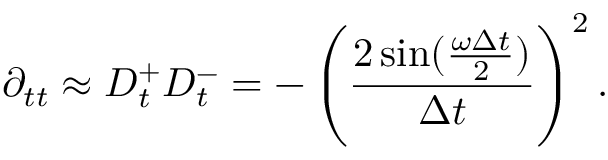
\partial _ { t t } \approx D _ { t } ^ { + } D _ { t } ^ { - } = - \left( \frac { 2 \sin ( \frac { \omega \Delta t } { 2 } ) } { \Delta t } \right) ^ { 2 } .